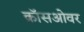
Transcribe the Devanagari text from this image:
क्राॅसओवर